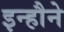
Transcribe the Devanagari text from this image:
इन्हौने